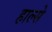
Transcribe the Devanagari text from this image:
हाल्से